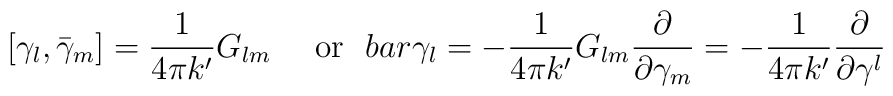
[\gamma_l,\bar{\gamma}_m]=\frac{1}{4\pi k'}G_{lm}\ \ \ \ \mbox{or}\ \ \ \\bar{\gamma}_l= -\frac{1}{4\pi k'}G_{lm}\frac{\partial}{\partial\gamma_m}= -\frac{1}{4\pi k'}\frac{\partial}{\partial\gamma^l}